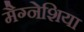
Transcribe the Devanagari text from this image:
मैग्नेशिया